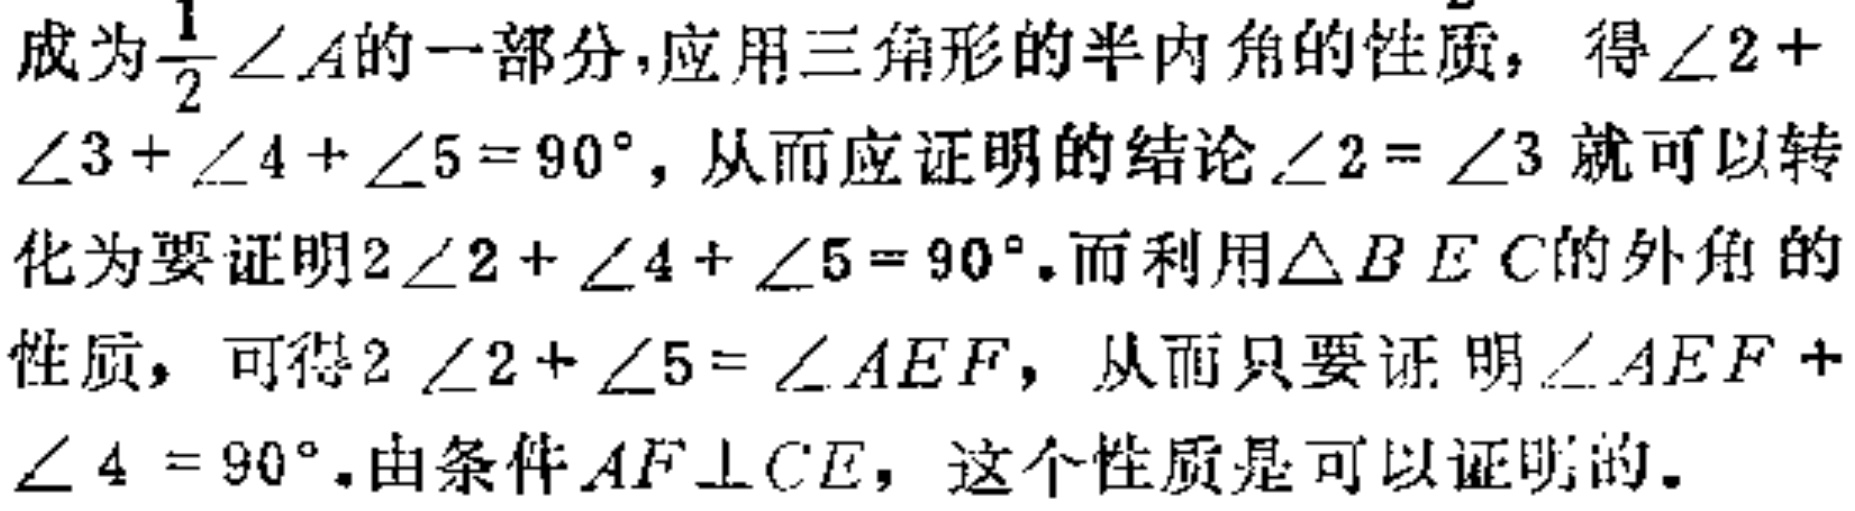
成为$\frac{1}{2}\angle A$的一部分,应用三角形的半内角的性质，得$\angle 2 + \angle 3 + \angle 4 + \angle 5 = 90^{\circ}$，从而应证明的结论$\angle 2 = \angle 3$就可以转化为要证明$2\angle 2 + \angle 4 + \angle 5 = 90^{\circ}$.而利用$\triangle BEC$的外角的性质，可得$2\angle 2 + \angle 5 = \angle AEF$，从而只要证明$\angle AEF + \angle 4 = 90^{\circ}$.由条件$AF\perp CE$，这个性质是可以证明的.